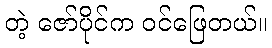
တဲ့ ဇော်ပိုင်က ဝင်ဖြေတယ်။